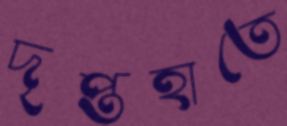
দৃপ্তহাতে